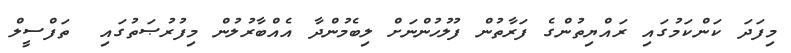
މިފަދަ ކަންކަމުގައި ރައްޔިތުންގެ ފަރާތުން ފުލުހުންނަށް ލިބެމުންދާ އެއްބާރުލުން މިފުރުޞަތުގައި  ތަފްސީލް